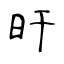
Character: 旰